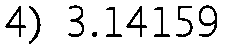
4) 3.14159